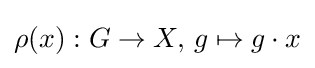
\rho (x):G\to X,\,g\mapsto g\cdot x